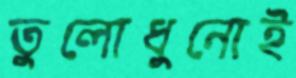
তুলোধুনোই